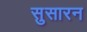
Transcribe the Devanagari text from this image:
सुसारन